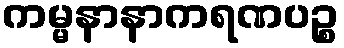
ကမ္မနာနာကရဏပဉ္စ